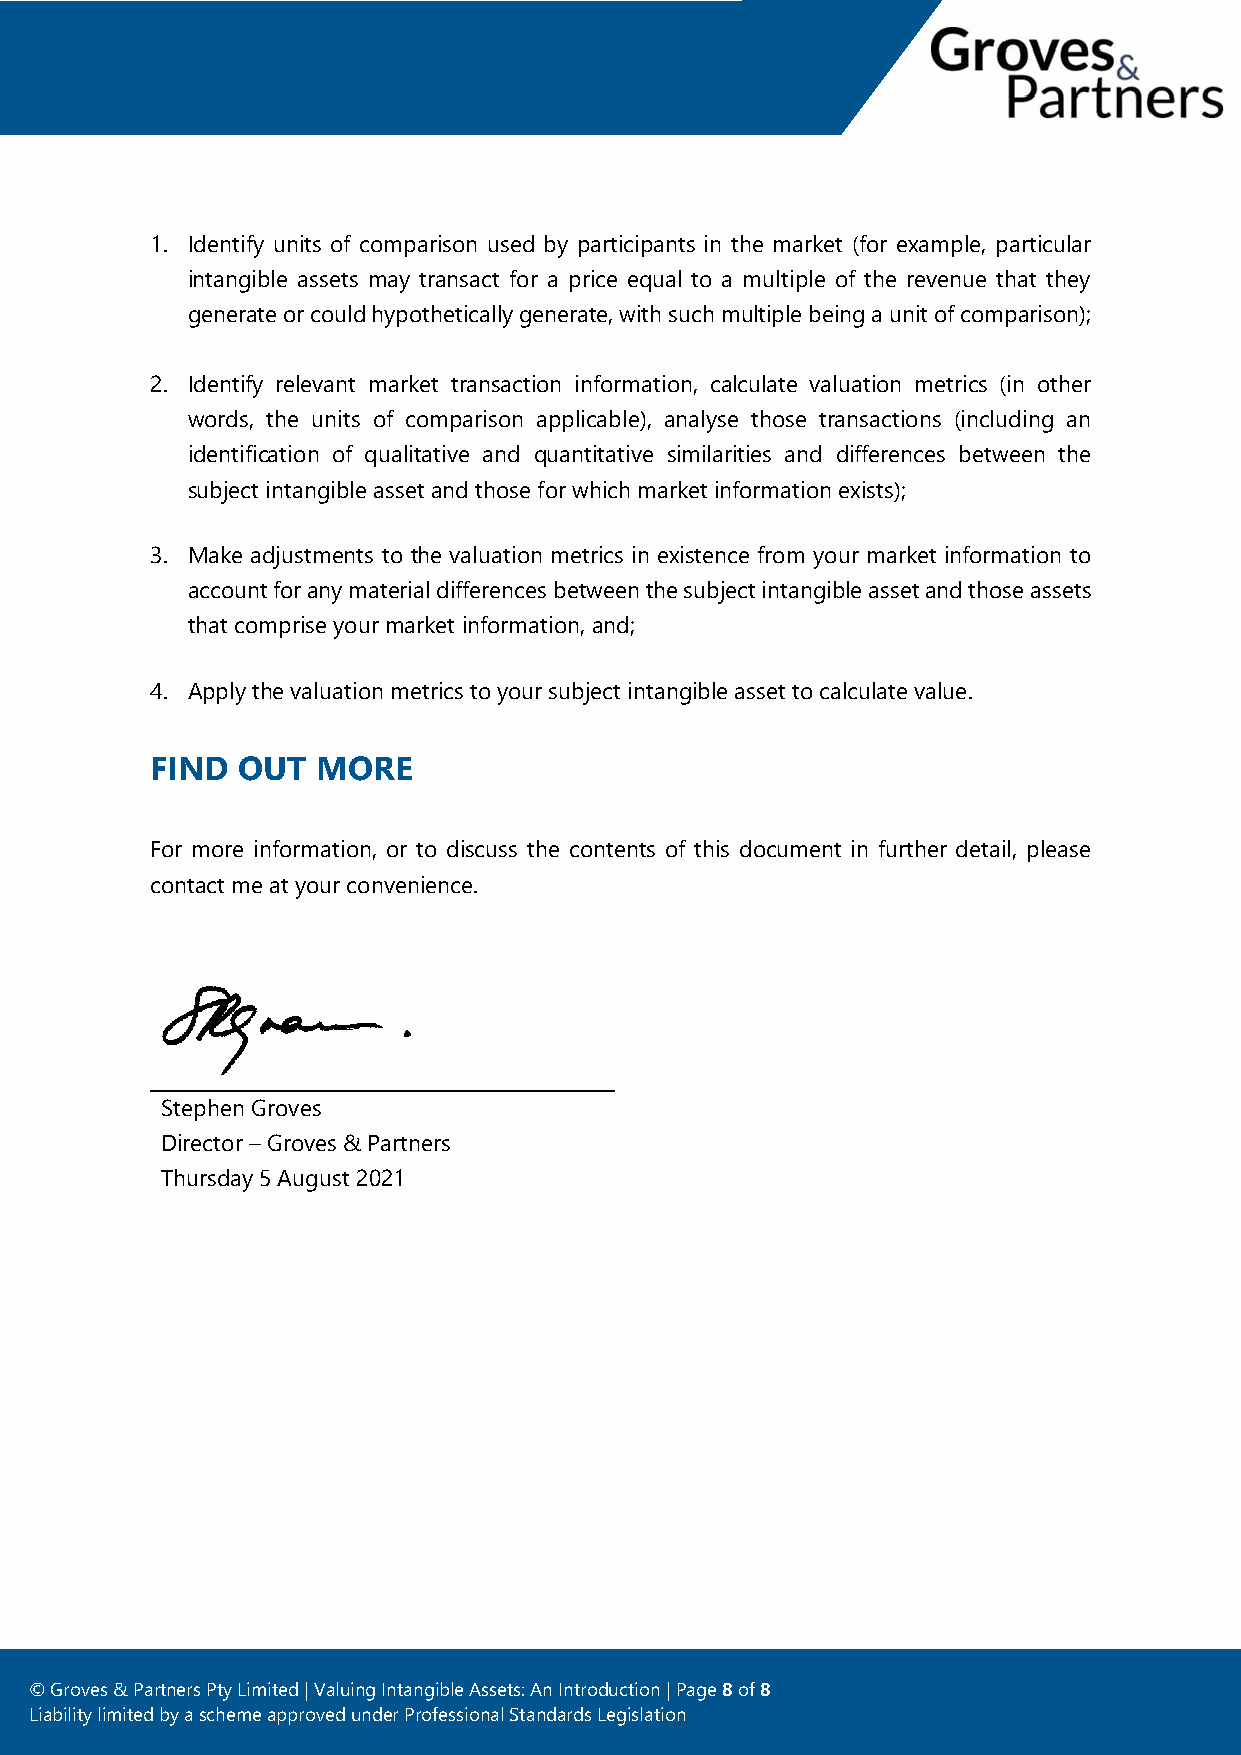
1. Identify units of comparison used by participants in the market (for example, particular
 intangible assets may transact for a price equal to a multiple of the revenue that they
 generate or could hypothetically generate, with such multiple being a unit of comparison);
 2. Identify relevant market transaction information, calculate valuation metrics (in other
 words, the units of comparison applicable), analyse those transactions (including an
 identification of qualitative and quantitative similarities and differences between the
 subject intangible asset and those for which market information exists);
 3. Make adjustments to the valuation metrics in existence from your market information to
 account for any material differences between the subject intangible asset and those assets
 that comprise your market information, and;
 4. Apply the valuation metrics to your subject intangible asset to calculate value.
 FIND  OUT  MORE
 For more information, or to discuss the contents of this document in further detail, please
 contact me at your convenience.
 Stephen Groves
 Director – Groves & Partners
 Thursday 5 August 2021
 © Groves & Pa rtners Pty Limited | Valuing Intangible Assets: An Introduction | Page 8 of 8
 Liability limited by a scheme approved under Professional Standards Legislation